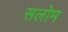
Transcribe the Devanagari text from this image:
सलोम